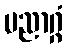
ပညာဂ္ဂံ